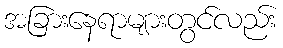
အခြားနေရာများတွင်လည်း